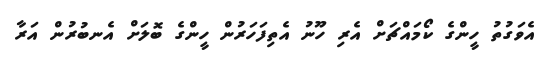
އެވަގުތު ހީންގެ ކޯމައްޗަށް އެރި ހޫނު އެތިފަހަރުން ހީންގެ ބޮލަށް އެނބުރުން އަރާ